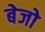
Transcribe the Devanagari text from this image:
बेजो